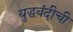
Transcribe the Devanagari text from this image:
युद्धबंदीची